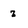
Character: z